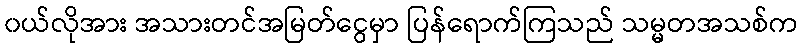
၀ယ်လိုအား အသားတင်အမြတ်ငွေမှာ ပြန်ရောက်ကြသည် သမ္မတအသစ်က